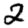
Digit: 2